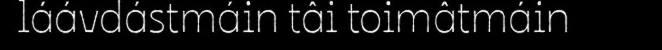
láávdástmáin tâi toimâtmáin